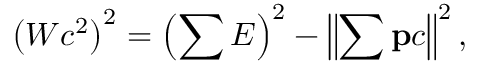
\left( W c ^ { 2 } \right) ^ { 2 } = \left( \sum E \right) ^ { 2 } - \left\| \sum \mathbf { p } c \right\| ^ { 2 } ,